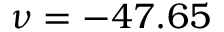
\nu = - 4 7 . 6 5